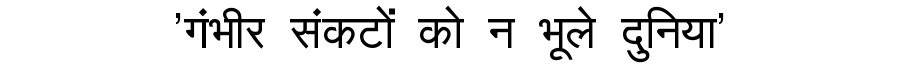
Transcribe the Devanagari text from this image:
'गंभीर संकटों को न भूले दुनिया'